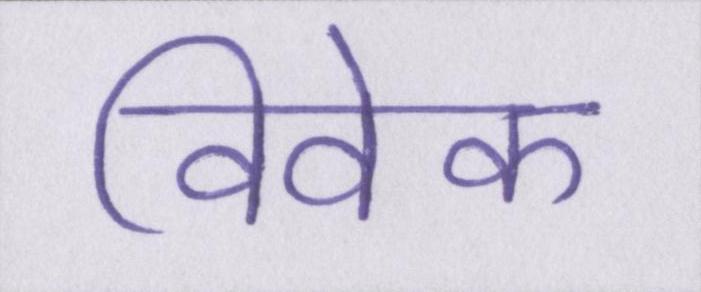
विवेक